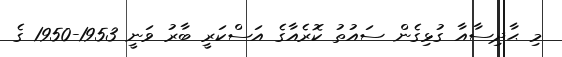
މި ޙާދިސާއާ ގުޅިގެން ސައުތު ކޮރެއާގެ އަސްކަރީ ބާރު ވަނީ 1953-1950 ގެ